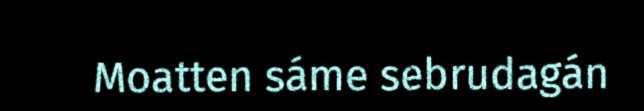
Moatten sáme sebrudagán